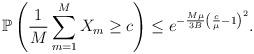
LaTeX: \begin{align*}\mathbb{P} \left( \frac{1}{M} \sum_{m=1}^M X_m \geq c \right) \leq e^{-\frac{M \mu}{3 B} \left( \frac{c}{\mu} - 1 \right)^2}.\end{align*}